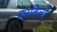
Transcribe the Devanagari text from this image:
क़ातिलों